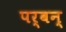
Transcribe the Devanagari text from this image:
पर्वन्